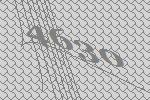
4630